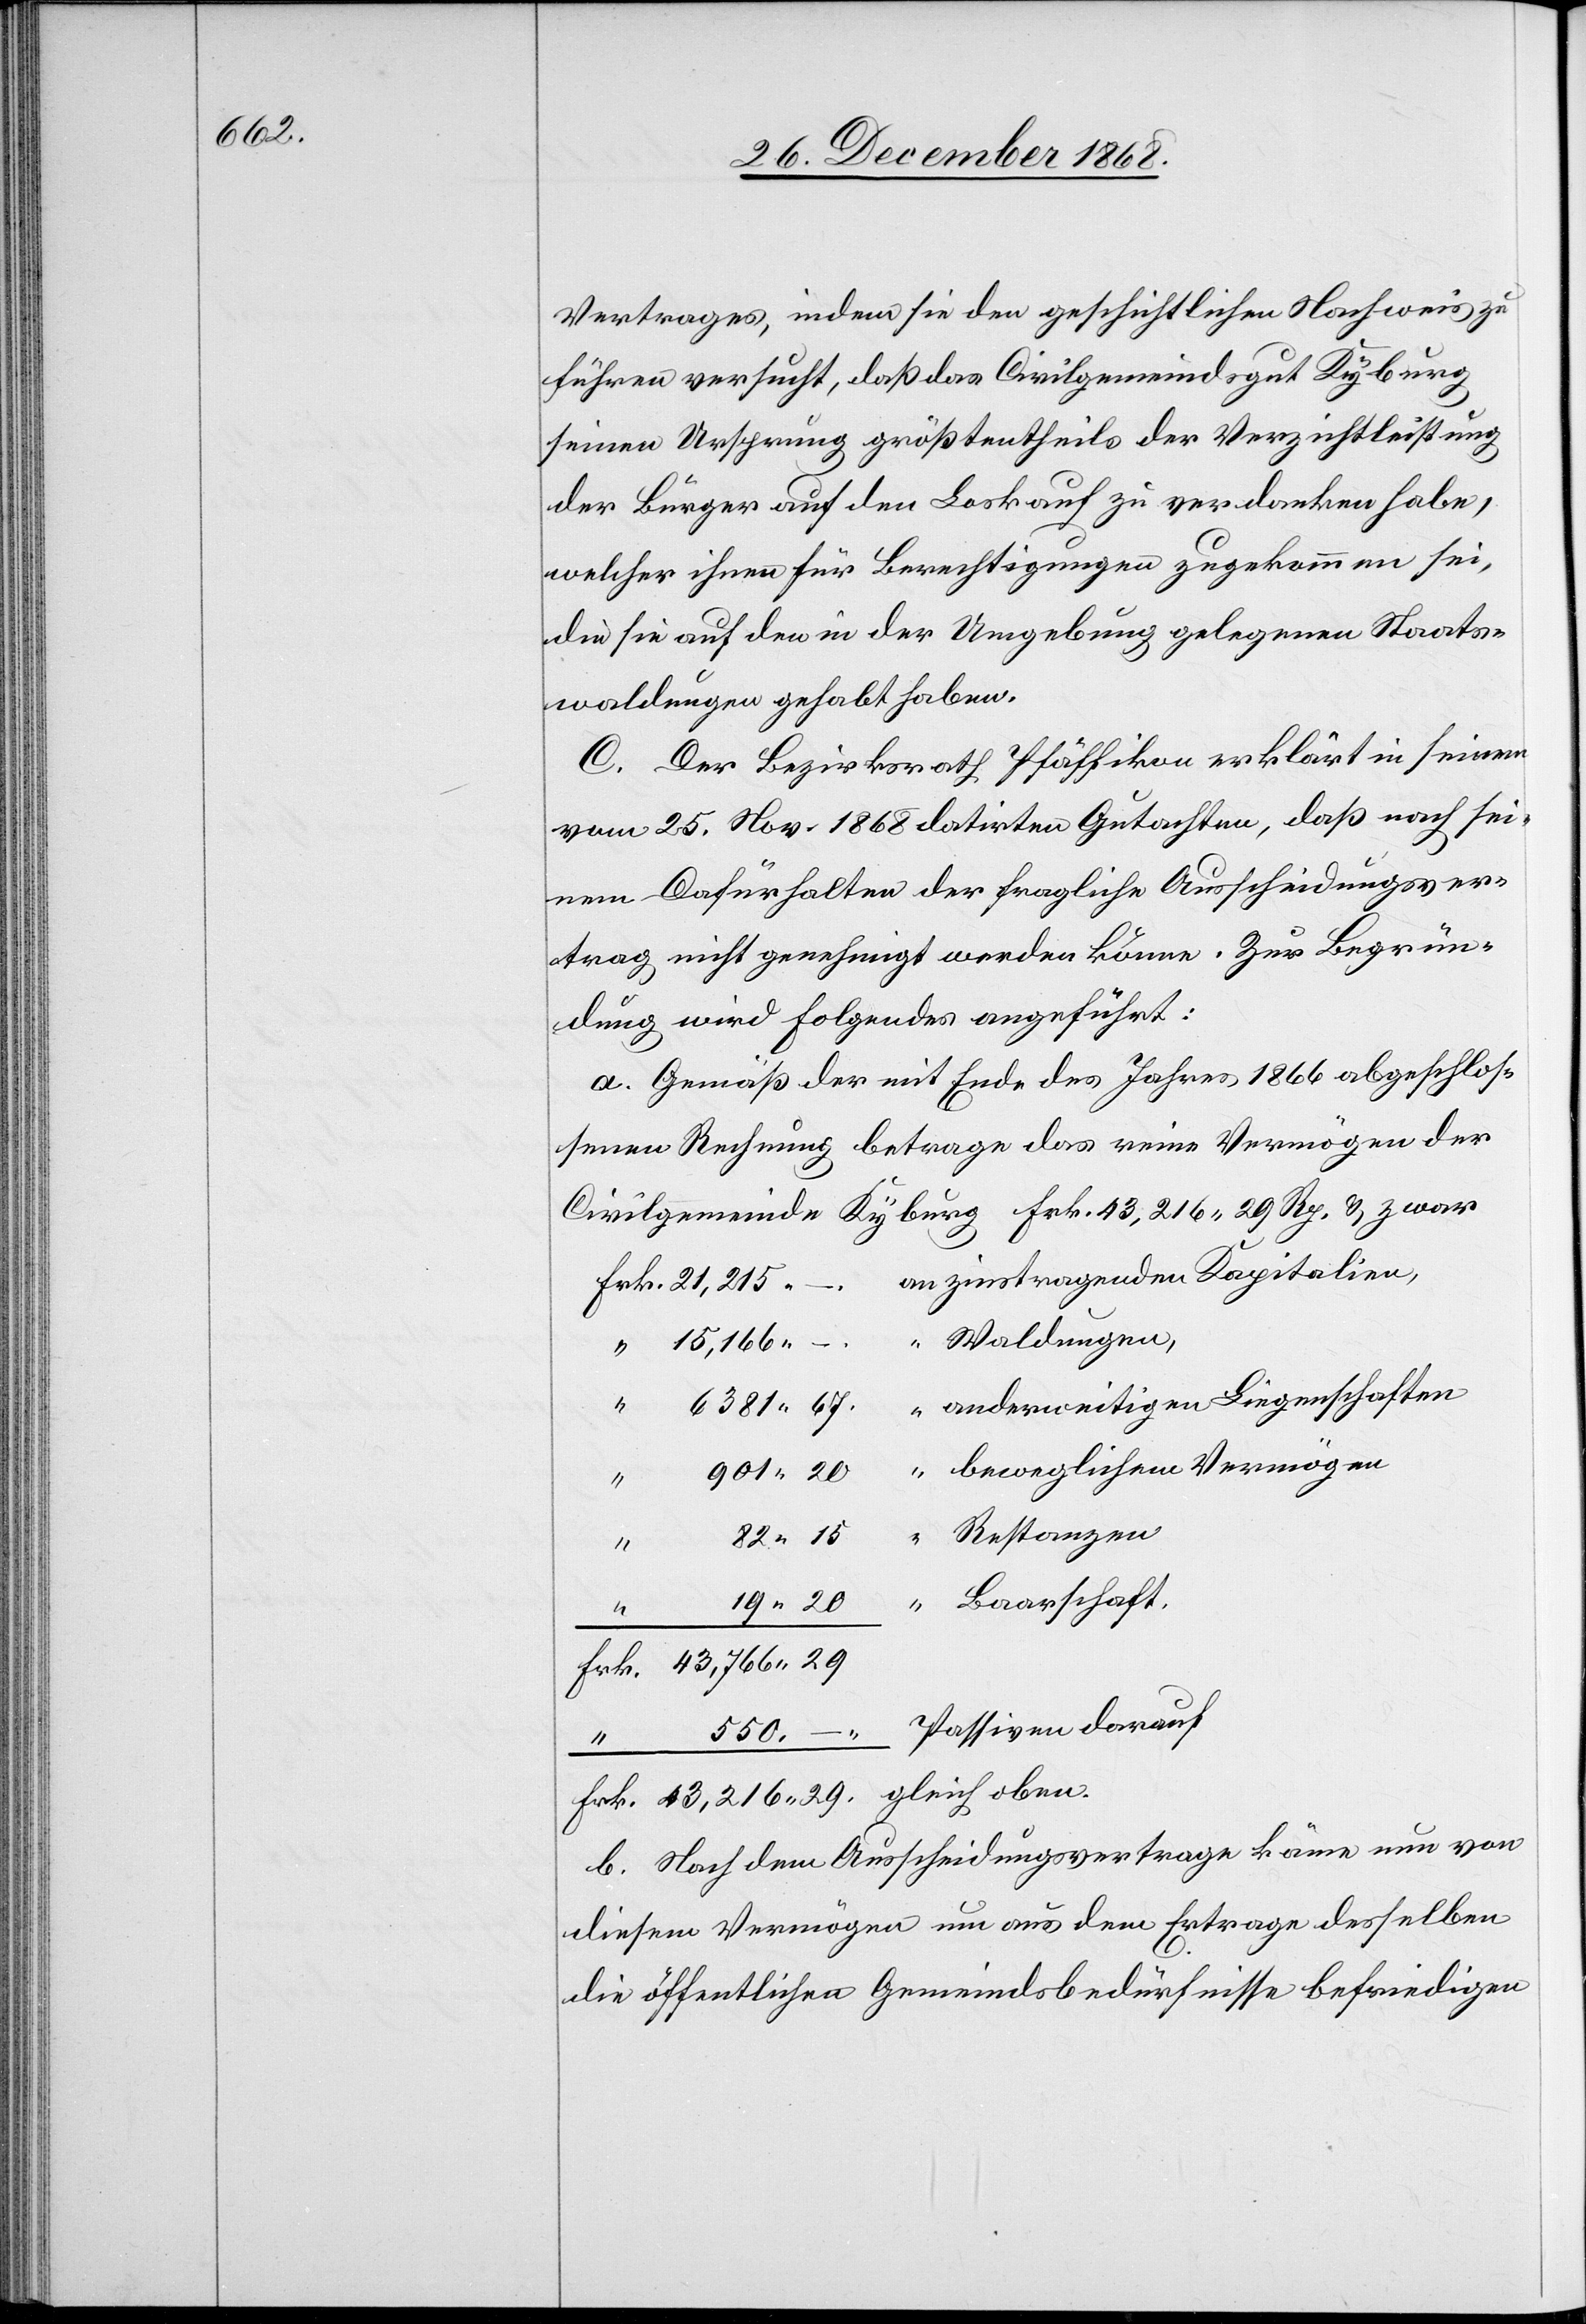
Vertrages, indem sie den geschichtlichen Nachweis zu
führen versucht, daß das Civilgemeindsgut Kyburg
seinen Ursprung größtentheils der Verzichtleistung
der Bürger auf den Loskauf zu verdanken habe,
welcher ihnen für Berechtigungen zugekommen sei,
die sie auf den in der Umgebung gelegenen Staats¬
waldungen gehabt haben.
C. Der Bezirksrath Pfäffikon erklärt in seinem
vom 25. Nov. 1868 datirten Gutachten, daß nach sei¬
nem Dafürhalten der fragliche Ausscheidungsver¬
trag nicht genehmigt werden könne. Zur Begrün¬
dung wird Folgendes angeführt:
a. Gemäß der mit Ende des Jahres 1866 abgeschlos¬
senen Rechnung betrage das reine Vermögen der
Civilgemeinde Kyburg Frk. 43,216 29 Rp. & zwar
“ beweglichem Vermögen
Frk. 43,216.29.
b. Nach dem Ausscheidungsvertrage käme nun von
diesem Vermögen um aus dem Ertrage desselben
die öffentlichen Gemeindsbedürfnisse befriedigen